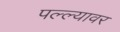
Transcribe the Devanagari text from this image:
पल्ल्यावर